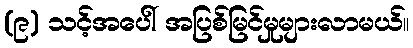
(၉) သင့်အပေါ် အပြစ်မြင်မှုများလာမယ်။